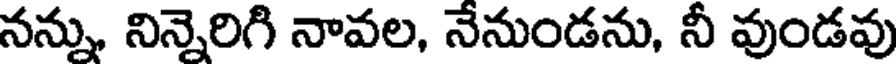
నన్ను నిన్నెరిగి నావల, నేనుండను, నీ వుండవు